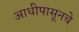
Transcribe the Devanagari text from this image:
आधीपासूनचे